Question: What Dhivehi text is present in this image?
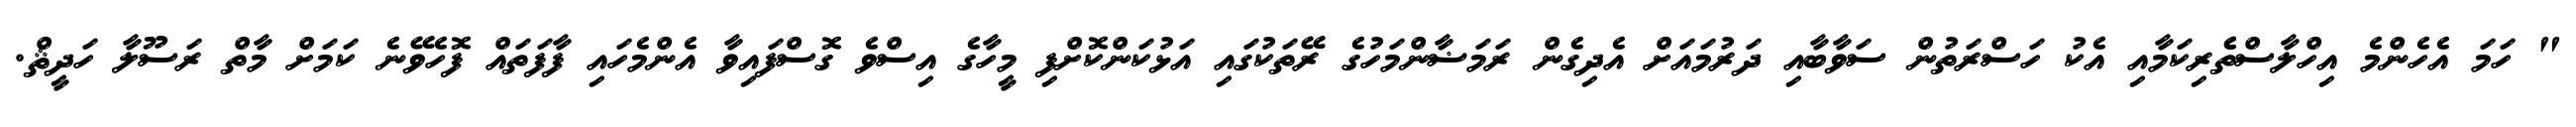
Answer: " ހަމަ އެހެންމެ އިހްލާސްތެެރިކަމާއި އެކު ހަސްރަތުން ސަވާބާއި ދަރުމައަށް އެދިގެން ރަމަޟާންމަހުގެ ރޭތަކުގައި އަޅުކަންކޮށްފި މީހާގެ އިސްވެ ގޮސްފައިވާ އެންމެހައި ފާފަތައް ފޮހެވޭނެ ކަމަށް މާތް ރަސޫލާ ހަދީޘް.